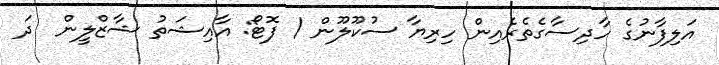
އަލިފާނުގެ ހާދިސާގެތެރެއިން ހިރިޔާ ސުކޫލޫން / ފޮޓޯ: އާއިޝަތު ޝާޒްލީން  ދަ